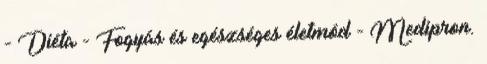
- Diéta - Fogyás és egészséges életmód - Medipron.